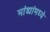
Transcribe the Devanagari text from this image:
मांड्यांमध्ये